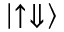
\lvert \uparrow \Downarrow \rangle